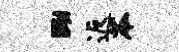
黝返苓